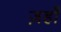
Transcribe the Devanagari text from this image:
ज़हाँ